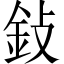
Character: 鈙